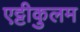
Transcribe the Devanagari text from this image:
एट्टीकुलम